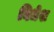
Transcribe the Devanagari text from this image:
विधेश